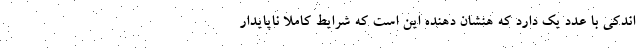
اندکی با عدد یک دارد که هنشان دهنده این است که شرایط کاملا ناپایدار